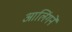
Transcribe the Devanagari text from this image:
आलिंगने